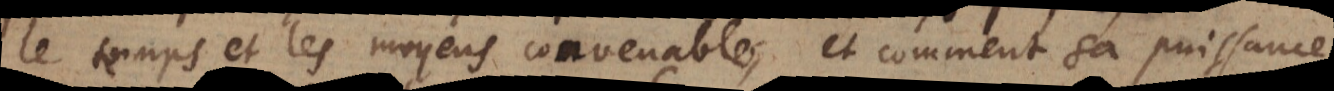
le temps et les moyens convenables, et comment sa puissance